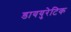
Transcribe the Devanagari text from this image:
डाययुरेटिक